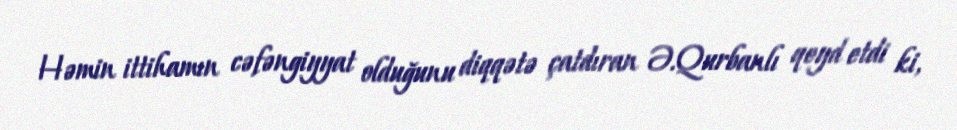
Həmin ittihamın cəfəngiyyat olduğunu diqqətə çatdıran Ə.Qurbanlı qeyd etdi ki,